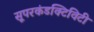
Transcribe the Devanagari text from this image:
सूपरकंडक्टिविटी